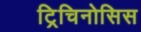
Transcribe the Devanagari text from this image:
ट्रिचिनोसिस